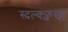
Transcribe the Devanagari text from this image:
स्दल्क्फ्जस्क्ल